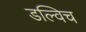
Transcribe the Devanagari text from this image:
डल्विच